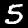
Digit: 5